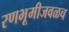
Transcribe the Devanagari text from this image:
रणभूमीजवळच